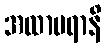
အထာပရာနိ